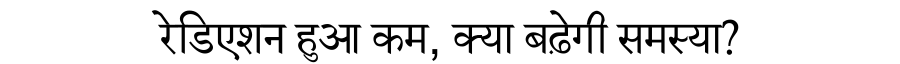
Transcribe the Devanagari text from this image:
रेडिएशन हुआ कम, क्या बढ़ेगी समस्या?